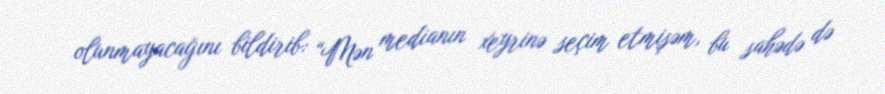
olunmayacağını bildirib: “Mən medianın xeyrinə seçim etmişəm, bu sahədə də